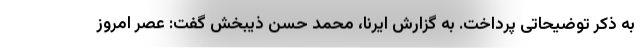
به ذکر توضیحاتی پرداخت. به گزارش ایرنا، محمد حسن ذیبخش گفت: عصر امروز